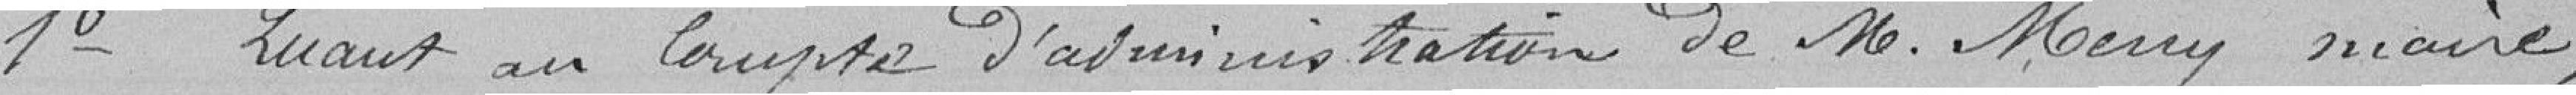
1er          Quant au Compte d'administration de M. Mény maire,